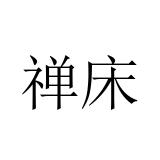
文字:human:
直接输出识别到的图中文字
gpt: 禅床